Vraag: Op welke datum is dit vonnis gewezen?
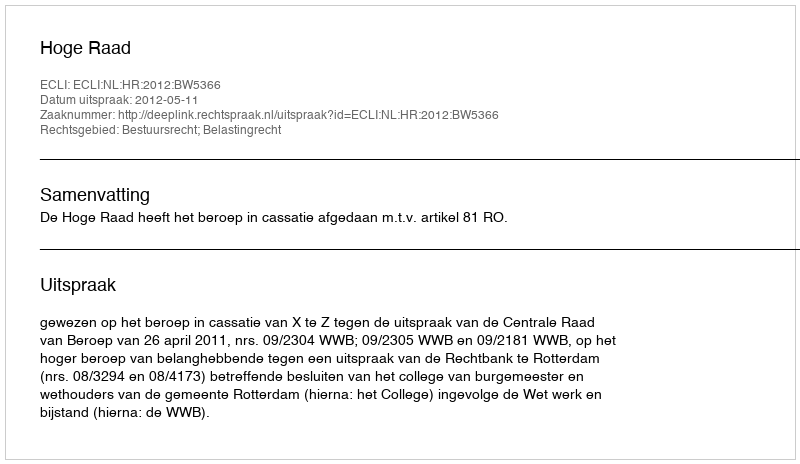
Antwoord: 2012-05-11